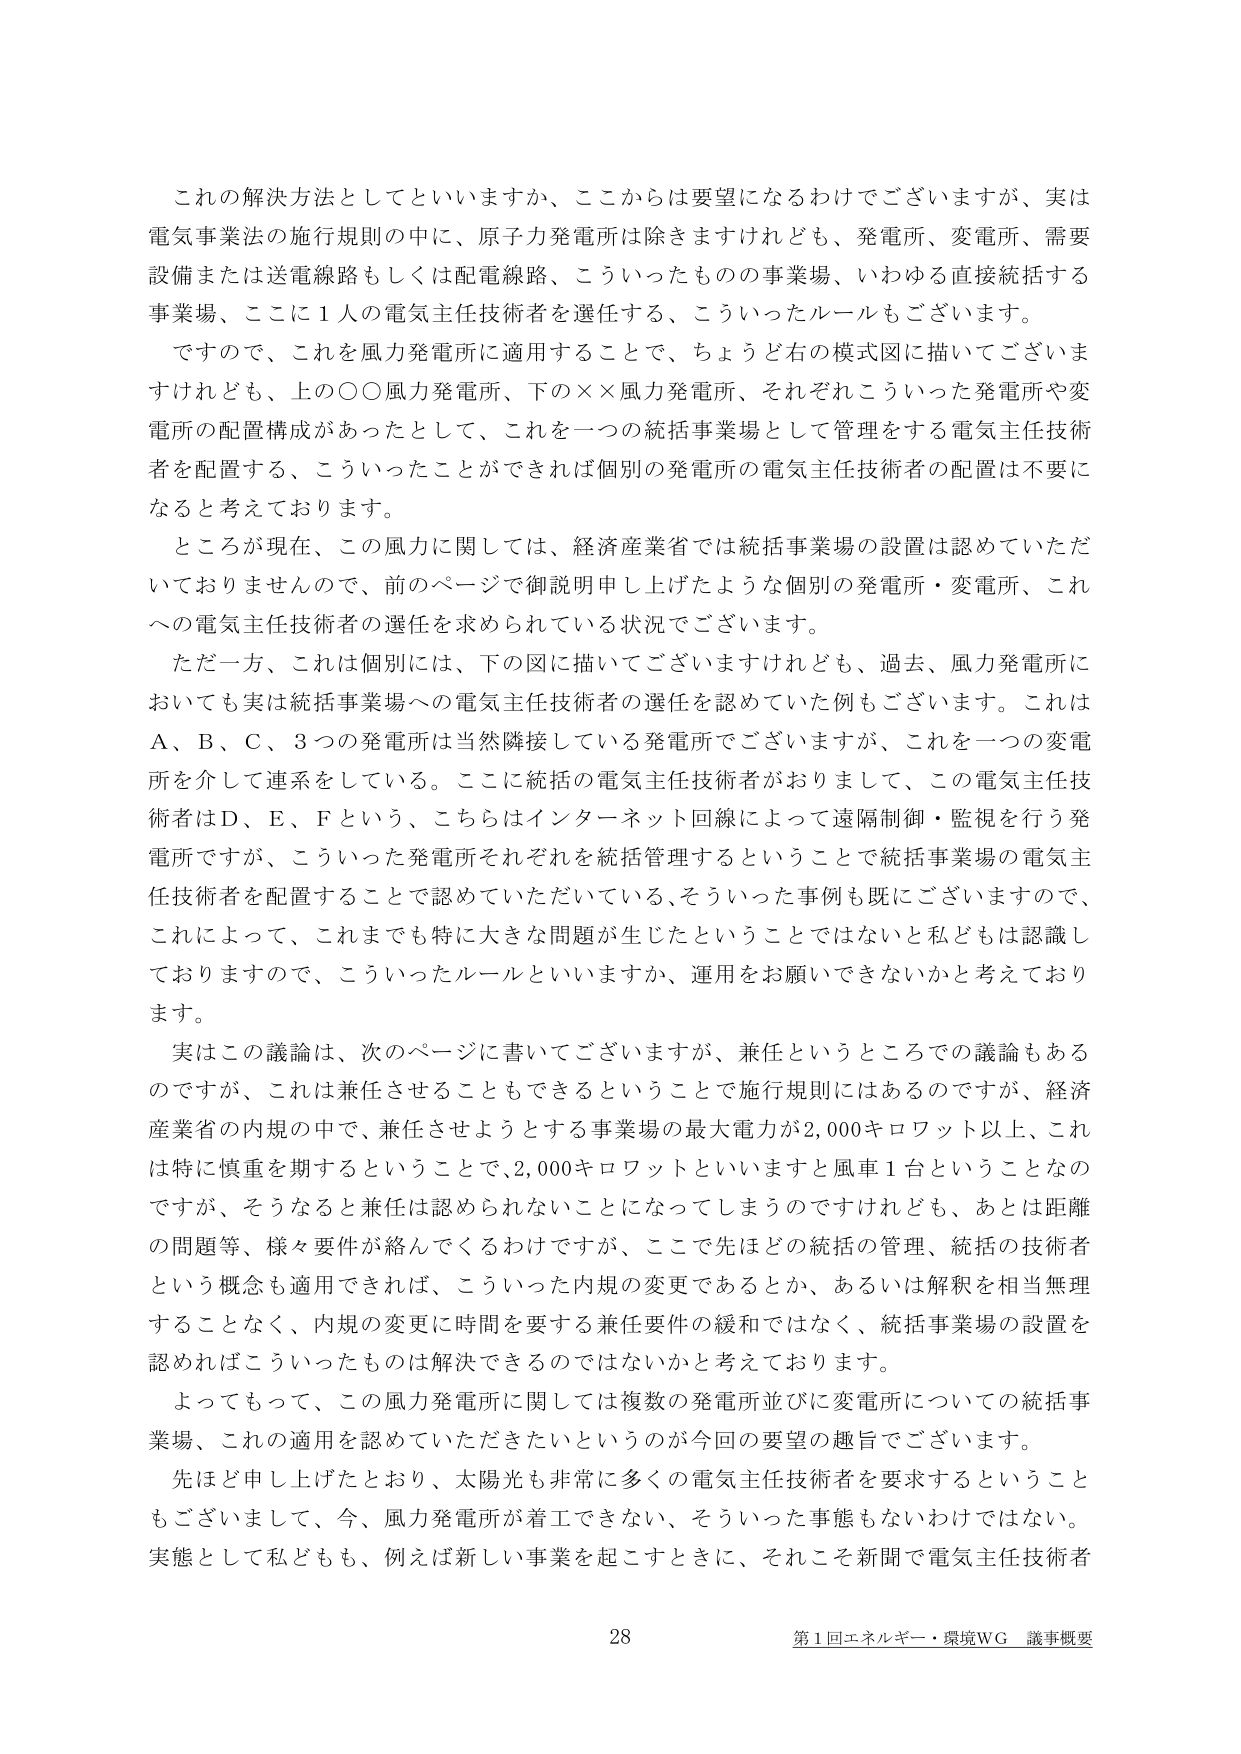
これの解決方法としてといいますか、ここからは要望になるわけでございますが、実は電気事業法の施行規則の中に、原子力発電所は除きますけれども、発電所、変電所、需要設備または送電線路もしくは配電線路、こういったものの事業場、いわゆる直接統括する事業場、ここに１人の電気主任技術者を選任する、こういったルールもございます。

ですので、これを風力発電所に適用することで、ちょうど右の模式図に描いてございますけれども、上の〇〇風力発電所、下の××風力発電所、それぞれこういった発電所や変電所の配置構成があったとして、これを一つの統括事業場として管理をする電気主任技術者を配置する、こういったことができれば個別の発電所の電気主任技術者の配置は不要になると考えております。

ところが現在、この風力に関しては、経済産業省では統括事業場の設置は認めていただいておりませんので、前のページで御説明申し上げたような個別の発電所・変電所、これへの電気主任技術者の選任を求められている状況でございます。

ただ一方、これは個別には、下の図に描いてございますけれども、過去、風力発電所においても実は統括事業場への電気主任技術者の選任を認めていた例もございます。これはＡ、Ｂ、Ｃ、３つの発電所は当然隣接している発電所でございますが、これを一つの変電所を介して連系をしている。ここに統括の電気主任技術者がおりまして、この電気主任技術者はＤ、Ｅ、Ｆという、こちらはインターネット回線によって遠隔制御・監視を行う発電所ですが、こういった発電所それぞれを統括管理するということで統括事業場の電気主任技術者を配置することで認めていただいていた、そういった事例も既にございますので、これによって、これまでも特に大きな問題が生じたということではないと私どもは認識しておりますので、こういったルールといいますか、運用をお願いできないかと考えております。

実はこの議論は、次のページに書いてございますが、兼任というところでの議論もあるのですが、これは兼任させることもできるということで施行規則にはあるのですが、経済産業省の内規の中で、兼任させようとする事業場の最大電力が2,000キロワット以上、これは特に慎重を期するということで、2,000キロワットといいますと風車１台ということなのですが、そうなると兼任は認められないことになってしまうのですけれども、あとは距離の問題等、様々要件が絡んでくるわけですが、ここで先ほどの統括の管理、統括の技術者という概念も適用できれば、こういった内規の変更であるとか、あるいは解釈を相当無理することなく、内規の変更に時間を要する兼任要件の緩和ではなく、統括事業場の設置を認めればこういったものは解決できるのではないかと考えております。

よってもって、この風力発電所に関しては複数の発電所並びに変電所についての統括事業場、これの適用を認めていただきたいというのが今回の要望の趣旨でございます。

先ほど申し上げたとおり、太陽光も非常に多くの電気主任技術者を要求するということもございまして、今、風力発電所が着工できない、そういった事態もないわけではない。実態として私どもも、例えば新しい事業を起こすときに、それこそ新開で電気主任技術者

28
第1回エネルギー・環境WG 議事概要